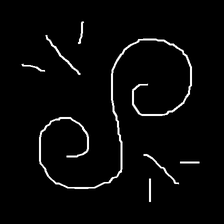
Glyph: wind-directs-air